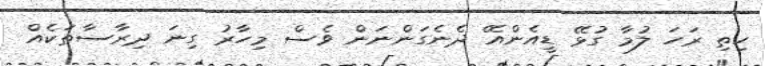
ހިތި ރަހަ ލުމާ ގުޅޭ ޑީއެންއޭ ދެނެގަންނަން ވެސް މިހާރު ގިނަ ދިރާސާތަކެއް